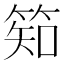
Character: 𥯌